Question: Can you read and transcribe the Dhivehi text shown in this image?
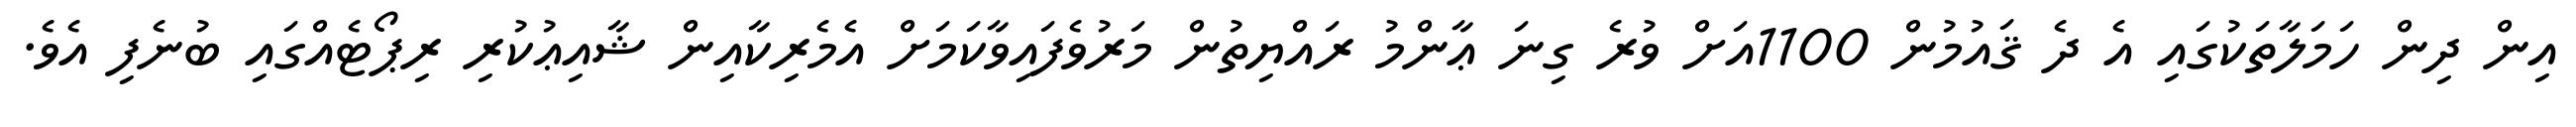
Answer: އިން ދިން ހަމަލާތަކުގައި އެ ދެ ޤައުމުން 1100އަށް ވުރެ ގިނަ ޢާންމު ރައްޔިތުން މަރުވެފައިވާކަމަށް އެމެރިކާއިން ޝާއިޢުކުރި ރިޕޯޓެއްގައި ބުނެފި އެވެ.